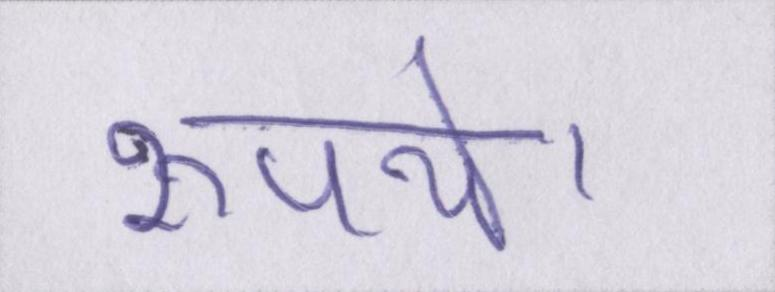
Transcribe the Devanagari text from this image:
रूपये।